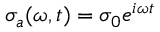
\sigma _ { a } ( \omega , t ) = \sigma _ { 0 } e ^ { i \omega t }